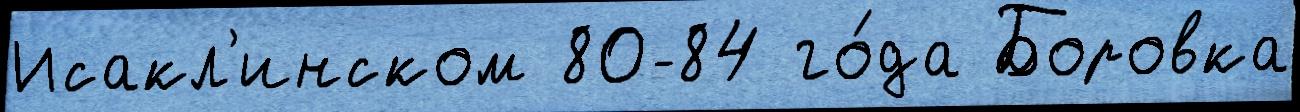
Исакл'инском 80-84 го́да Боровка